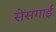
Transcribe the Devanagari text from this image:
सेसगाई